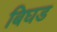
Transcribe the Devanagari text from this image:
बिघड